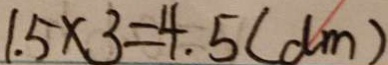
1 . 5 \times 3 = 4 . 5 ( d m )